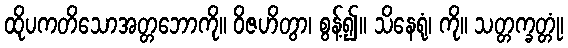
ထိုပကတိသောအတ္တဘောကို။ ဝိဇဟိတွာ၊ စွန့်၍။ သိနေရုံ၊ ကို။ သတ္တက္ခတ္တုံ၊